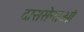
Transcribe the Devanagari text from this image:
दाससेनाओं